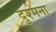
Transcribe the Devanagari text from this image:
दुश्मना